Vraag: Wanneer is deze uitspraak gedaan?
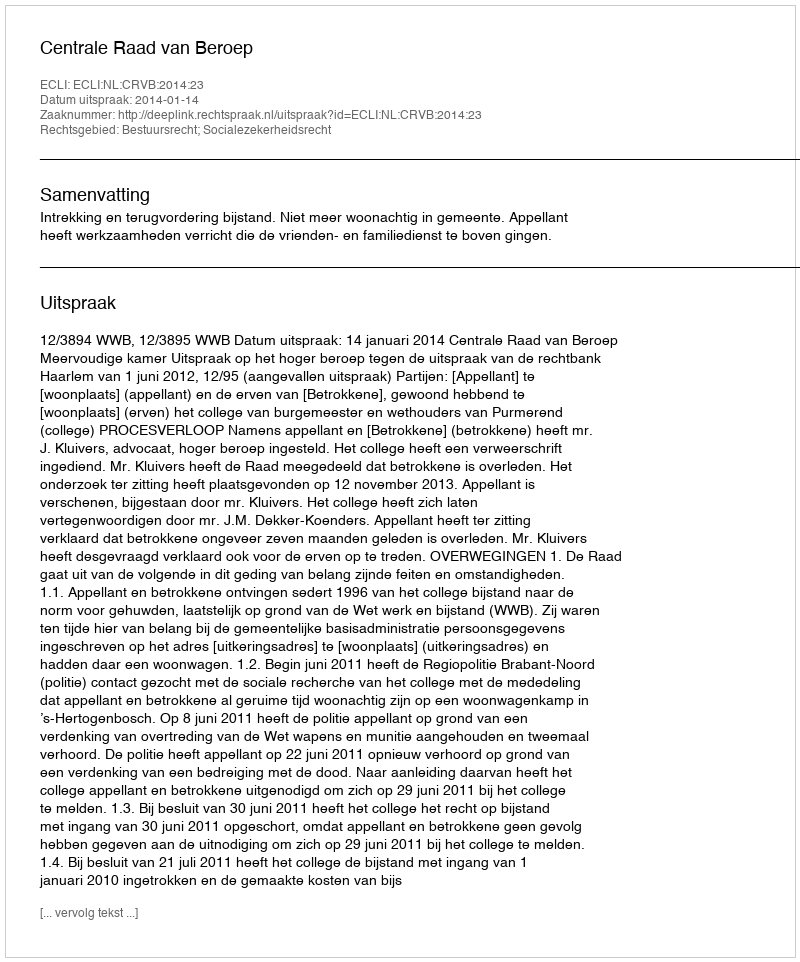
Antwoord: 2014-01-14